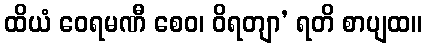
ထိယံ ဝေရမဏီ စေဝ၊ ဝိရတျာ’ ရတိ စာပျထ။